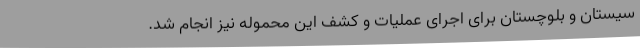
سیستان و بلوچستان برای اجرای عملیات و کشف این محموله نیز انجام شد.